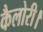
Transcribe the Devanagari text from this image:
कैलोरी।